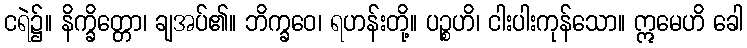
ငရဲ၌။ နိက္ခိတ္တော၊ ချအပ်၏။ ဘိက္ခဝေ၊ ရဟန်းတို့။ ပဉ္စဟိ၊ ငါးပါးကုန်သော။ ဣမေဟိ ခေါ